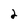
Character: 2